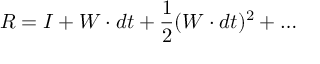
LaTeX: R = I + W \cdot d t + { \frac { 1 } { 2 } } ( W \cdot d t ) ^ { 2 } + \ldots